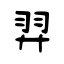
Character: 羿